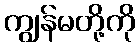
ကျွန်မတို့ကို